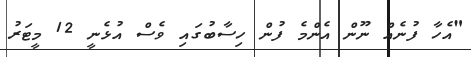
"އެހާ ފުނެއް ނޫން އެންމެ ފުން ހިސާބުގައި ވެސް އުޅެނީ 12 މީޓަރު